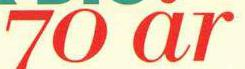
70 år